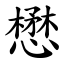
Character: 懋